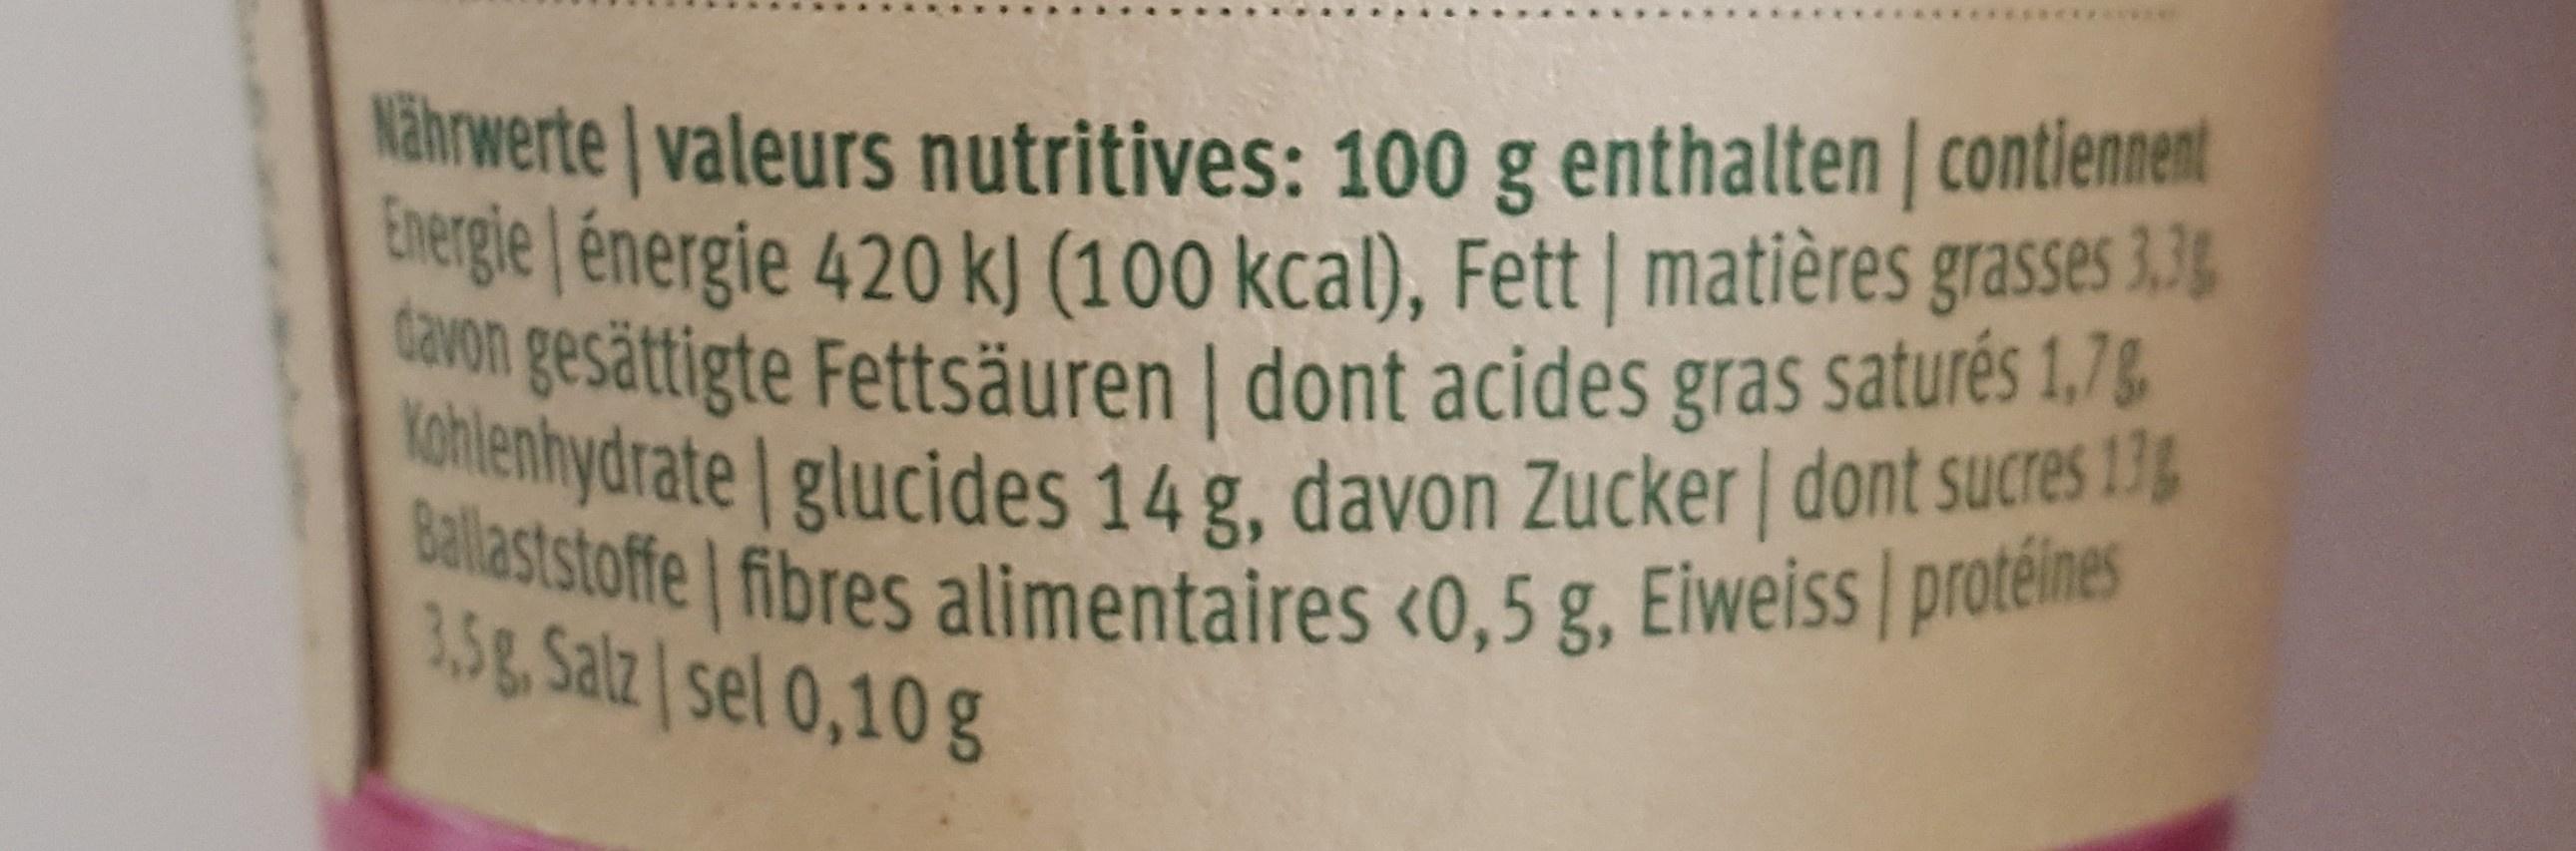
Nahrwerte valeurs nutritives: 100 g enthalten contiennent EIergie énergie 420 k) (100 kcal), Fett matières grasses 3.3 eavon gesättigte Fettsäuren dont acides gras satures 1,7 Kohlenhydrate glucides 14 g, davon Zucker dont sucres 13 Ballaststoffe fibres alimentaires <0,5g, Eiweiss protéines 3,5g Salz sel 0,10g